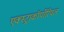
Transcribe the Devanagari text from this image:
एक्स्ट्राकॉर्पोरियल